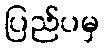
ပြည်ပမှ